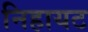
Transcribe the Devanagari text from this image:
निहायट